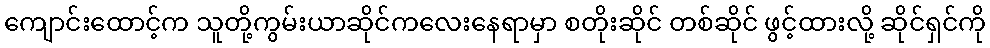
ကျောင်းထောင့်က သူတို့ကွမ်းယာဆိုင်ကလေးနေရာမှာ စတိုးဆိုင် တစ်ဆိုင် ဖွင့်ထားလို့ ဆိုင်ရှင်ကို